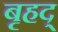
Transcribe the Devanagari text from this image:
बृहद्‌